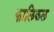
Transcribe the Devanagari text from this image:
फालिकल